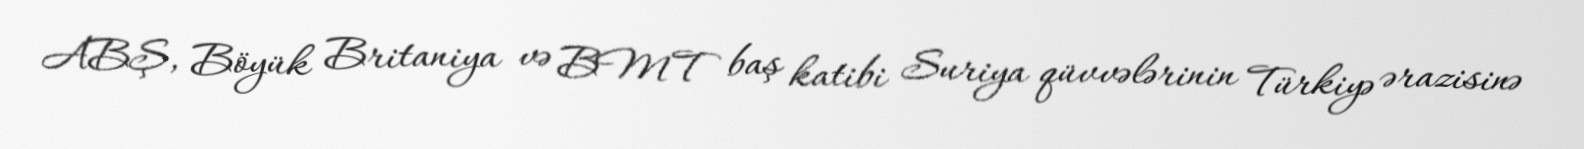
ABŞ, Böyük Britaniya və BMT baş katibi Suriya qüvvələrinin Türkiyə ərazisinə